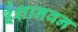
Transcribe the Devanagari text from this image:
ईशानवन